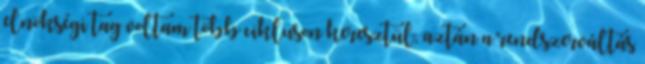
elnökségi tag voltam több cikluson keresztül, aztán a rendszerváltás